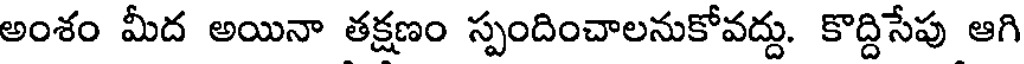
అంశం మీద అయినా తక్షణం స్పందించాలనుకోవద్దు. కొద్దిసేపు ఆగి